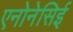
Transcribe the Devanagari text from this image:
एनोनेसिई